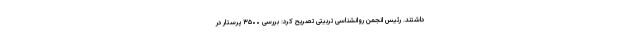
داشتند. رئیس انجمن روانشناسی تربیتی تصریح کرد: بررسی ۳۵۰۰ پرستار در